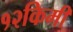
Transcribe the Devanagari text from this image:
१२किमी